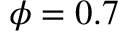
\phi = 0 . 7